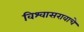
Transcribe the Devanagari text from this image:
विश्वासरावाचे